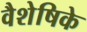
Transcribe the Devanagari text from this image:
वैशेषिके